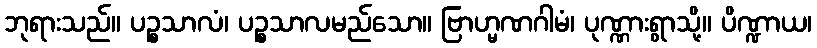
ဘုရားသည်။ ပဉ္စသာလံ၊ ပဉ္စသာလမည်သော။ ဗြာဟ္မဏဂါမံ၊ ပုဏ္ဏားရွာသို့။ ပိဏ္ဍာယ၊